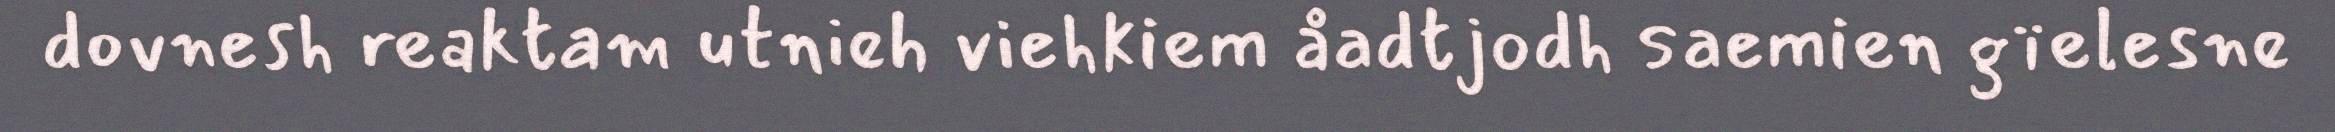
dovnesh reaktam utnieh viehkiem åadtjodh saemien gïelesne